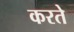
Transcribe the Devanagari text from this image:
करते